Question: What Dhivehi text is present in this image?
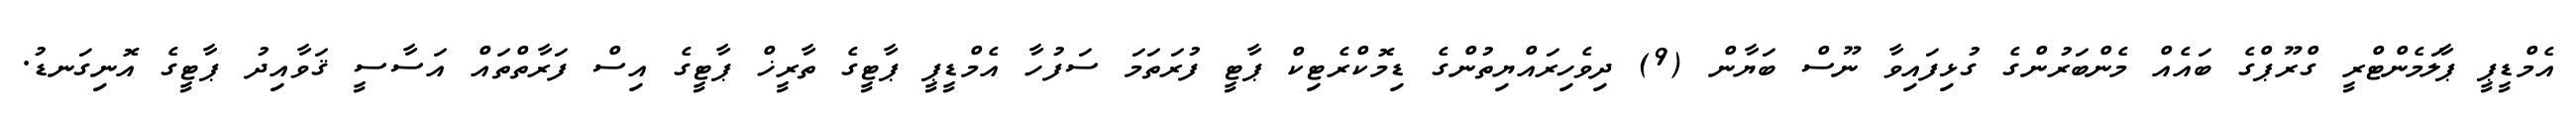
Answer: އެމްޑީޕީ ޕާލަމެންޓްރީ ގްރޫޕްގެ ބައެއް މެންބަރުންގެ ގުޅިފައިވާ ނޫސް ބަޔާން (9) ދިވެހިރައްޔިތުންގެ ޑިމޮކްރެޓިކް ޕާޓީ ފުރަތަމަ ސަފުހާ އެމްޑީޕީ ޕާޓީގެ ތާރީޚް ޕާޓީގެ އިސް ފަރާތްތައް އަސާސީ ޤަވާއިދު ޕާޓީގެ އޮނިގަނޑު.